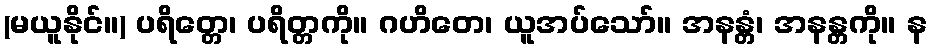
(မယူနိုင်။) ပရိတ္တေ၊ ပရိတ္တကို။ ဂဟိတေ၊ ယူအပ်သော်။ အနန္တံ၊ အနန္တကို။ န